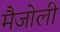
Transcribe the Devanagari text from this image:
मैजोली